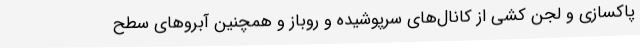
پاکسازی و لجن کشی از کانال‌های سرپوشیده و روباز و همچنین آبروهای سطح